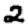
Digit: 2